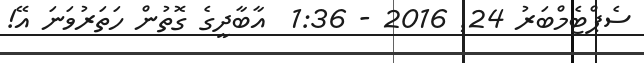
ސެޕްޓެމްބަރު 24